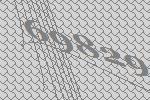
69829